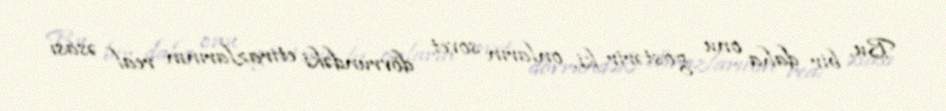
Bu, bir daha onu göstərir ki, onların sovet dövründəki etirazlarının real əsası